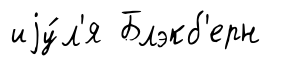
иjу́л'я Блэкб'ерн